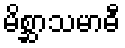
မိစ္ဆာသမာဓီ